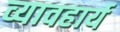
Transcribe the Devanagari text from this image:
व्यावहार्य